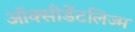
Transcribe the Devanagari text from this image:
ऑक्सीडेंटलिज्म